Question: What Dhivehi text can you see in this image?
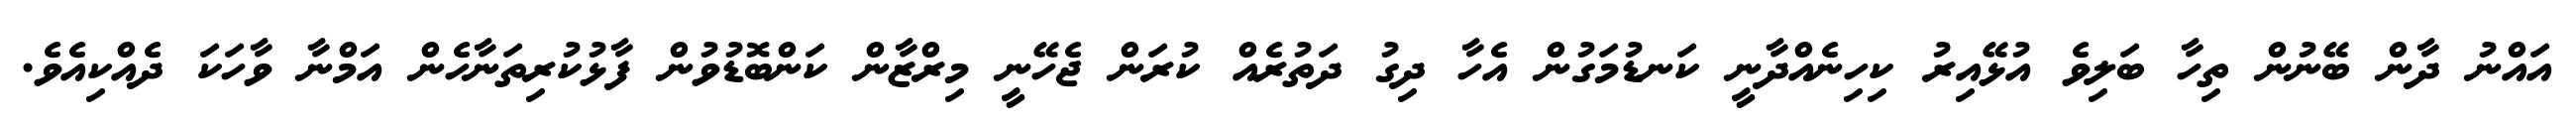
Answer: އައްނު ދާން ބޭނުން ތިހާ ބަލިވެ އުޅޭއިރު ކިހިނެއްދާނީ ކަނޑުމަގުން އެހާ ދިގު ދަތުރެއް ކުރަން ޖެހޭނީ މިރްޒާން ކަންބޮޑުވުން ފާޅުކުރިތަނާހެން އަމްނާ ވާހަކަ ދެއްކިއެވެ.